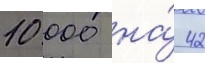
10 000 на́ 42